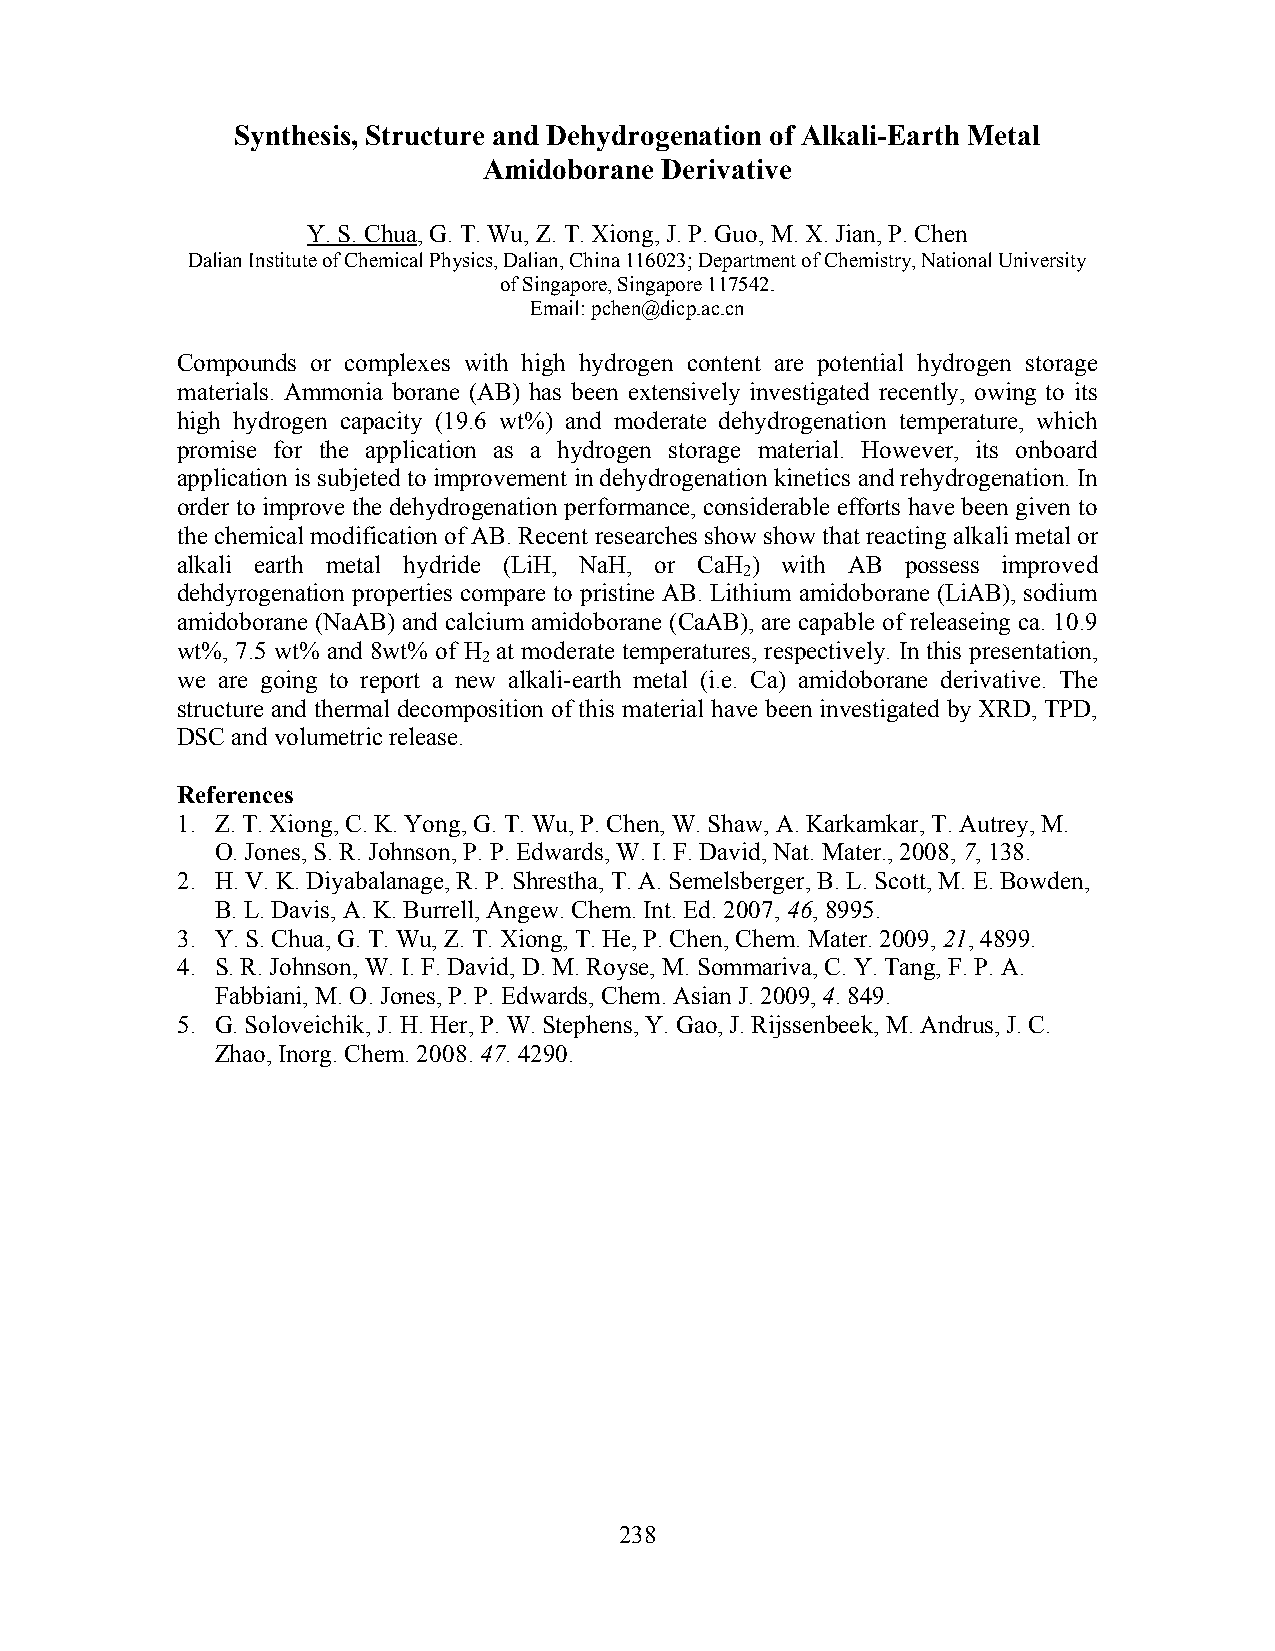
Synthesis, Structure and Dehydrogenation of Alkali-Earth Metal
 Amidoborane Derivative
 Y. S. Chua, G. T. Wu, Z. T. Xiong, J. P. Guo, M. X. Jian, P. Chen
 Dalian Institute of Chemical Physics, Dalian, China 116023; Department of Chemistry, National University
 of Singapore, Singapore 117542.
 Email: pchen@dicp.ac.cn
 Compounds or complexes with high hydrogen content are potential hydrogen storage
 materials. Ammonia borane (AB) has been extensively investigated recently, owing to its
 high hydrogen capacity (19.6 wt%) and moderate dehydrogenation temperature, which
 promise for the application as a hydrogen storage material. However, its onboard
 application is subjeted to improvement in dehydrogenation kinetics and rehydrogenation. In
 order to improve the dehydrogenation performance, considerable efforts have been given to
 the chemical modification of AB. Recent researches show show that reacting alkali metal or
 alkali earth metal hydride (LiH, NaH, or CaH ) with AB possess improved
 2
 dehdyrogenation properties compare to pristine AB. Lithium amidoborane (LiAB), sodium
 amidoborane (NaAB) and calcium amidoborane (CaAB), are capable of releaseing ca. 10.9
 wt%, 7.5 wt% and 8wt% of H at moderate temperatures, respectively. In this presentation,
 2
 we are going to report a new alkali-earth metal (i.e. Ca) amidoborane derivative. The
 structure and thermal decomposition of this material have been investigated by XRD, TPD,
 DSC and volumetric release.
 References
 1. Z. T. Xiong, C. K. Yong, G. T. Wu, P. Chen, W. Shaw, A. Karkamkar, T. Autrey, M.
 O. Jones, S. R. Johnson, P. P. Edwards, W. I. F. David, Nat. Mater., 2008, 7, 138.
 2. H. V. K. Diyabalanage, R. P. Shrestha, T. A. Semelsberger, B. L. Scott, M. E. Bowden,
 B. L. Davis, A. K. Burrell, Angew. Chem. Int. Ed. 2007, 46, 8995.
 3. Y. S. Chua, G. T. Wu, Z. T. Xiong, T. He, P. Chen, Chem. Mater. 2009, 21, 4899.
 4. S. R. Johnson, W. I. F. David, D. M. Royse, M. Sommariva, C. Y. Tang, F. P. A.
 Fabbiani, M. O. Jones, P. P. Edwards, Chem. Asian J. 2009, 4. 849.
 5. G. Soloveichik, J. H. Her, P. W. Stephens, Y. Gao, J. Rijssenbeek, M. Andrus, J. C.
 Zhao, Inorg. Chem. 2008. 47. 4290.
 238